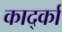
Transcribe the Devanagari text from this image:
कार्द्का